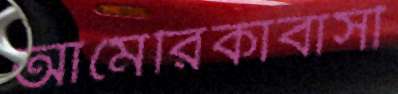
আমেরিকাবাসী